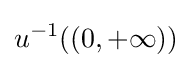
u^{-1}((0,+\infty ))